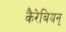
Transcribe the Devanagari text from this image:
कैरेबियन्